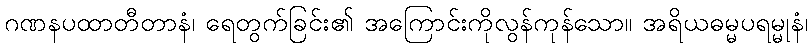
ဂဏနပထာတီတာနံ၊ ရေတွက်ခြင်း၏ အကြောင်းကိုလွန်ကုန်သော။ အရိယဓမ္မပရမ္မုနံ၊